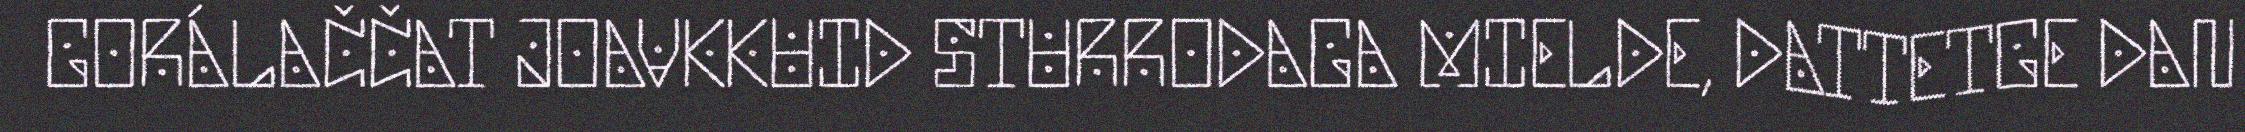
GORÁLAČČAT JOAVKKUID STURRODAGA MIELDE, DATTETGE DAN